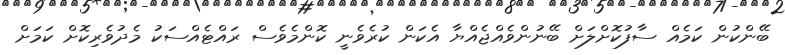
ބޭންކުން ކަމެއް ސާފުކޮށްލަށް ބޭނުންވެއްޖެއްޔާ އެކަން ކުރެވެނީ ކޮންމެވެސް ރައްޓެއްސަކު މެދުވެރިކޮށް ކަމަށް